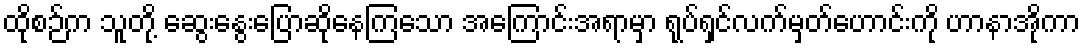
ထိုစဉ်က သူတို့ ဆွေးနွေးပြောဆိုနေကြသော အကြောင်းအရာမှာ ရုပ်ရှင်လက်မှတ်ဟောင်းကို ဟာနာအိုကာ